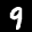
Label: 9